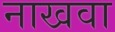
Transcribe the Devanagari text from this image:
नाखवा